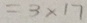
= 3 \times 1 7